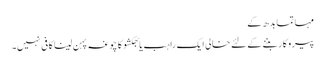
مہاتما بدھ کے
پیروکار بننے کے لئے خالی ایک راہب یا بھکشو کا چوغہ پہن لینا کافی نہیں۔